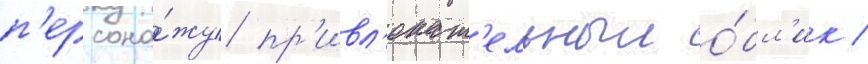
п'ерсона́жу пр'ивл'екат'ельныи о́бл'ик /